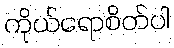
ကိုယ်ရောစိတ်ပါ